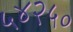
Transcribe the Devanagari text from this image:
५४२५०